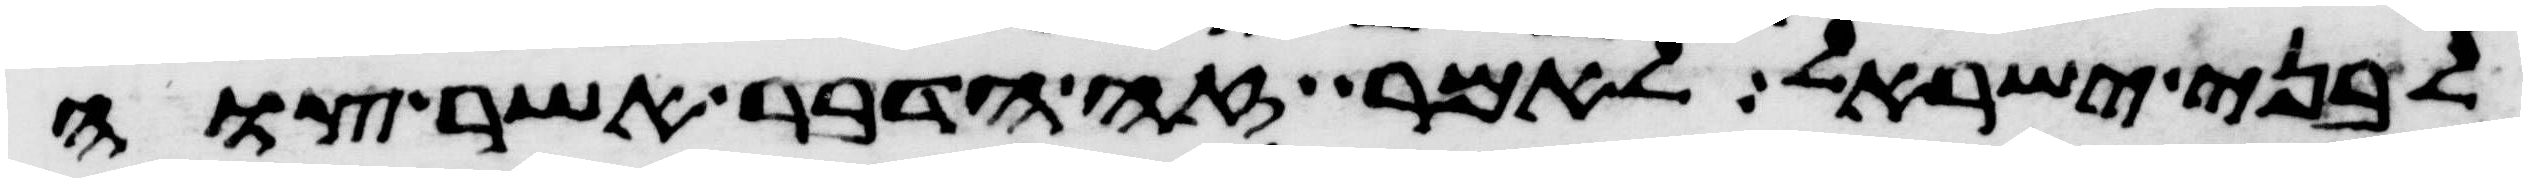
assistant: לבני ישראל לאמר זה הדבר אשר צוה